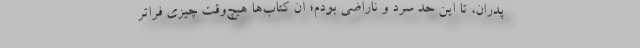
پدران، تا این حد سرد و ناراضی بودم؛ آن کتاب‌ها هیچ‌وقت چیزی فراتر